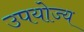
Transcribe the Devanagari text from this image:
उपयोज्य